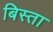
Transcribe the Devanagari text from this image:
बिस्ता